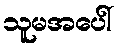
သူမအပေါ်